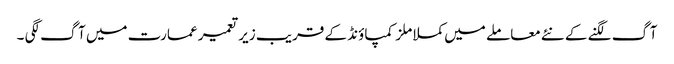
آگ لگنے کے نئے معاملے میں کملا ملز کمپاؤنڈ کے قریب زیر تعمیر عمارت میں آگ لگی ۔